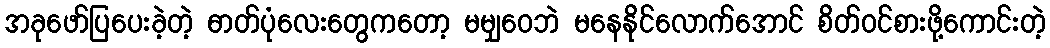
အခုဖော်ပြပေးခဲ့တဲ့ ဓာတ်ပုံလေးတွေကတော့ မမျှဝေဘဲ မနေနိုင်လောက်အောင် စိတ်ဝင်စားဖို့ကောင်းတဲ့